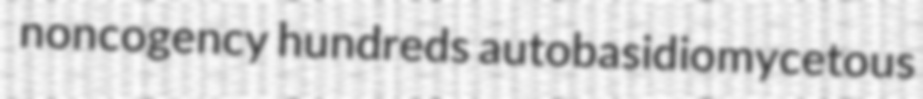
noncogency hundreds autobasidiomycetous